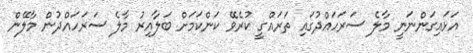
އަޅައިގަންނަނީ މާލެ ސަރަހައްދުގައި ތަރައްގީ ކުރެވޭ ކަންކަމަށް ބަލާއިރު މާލެ ސަރަހައްދުން މާލޭން